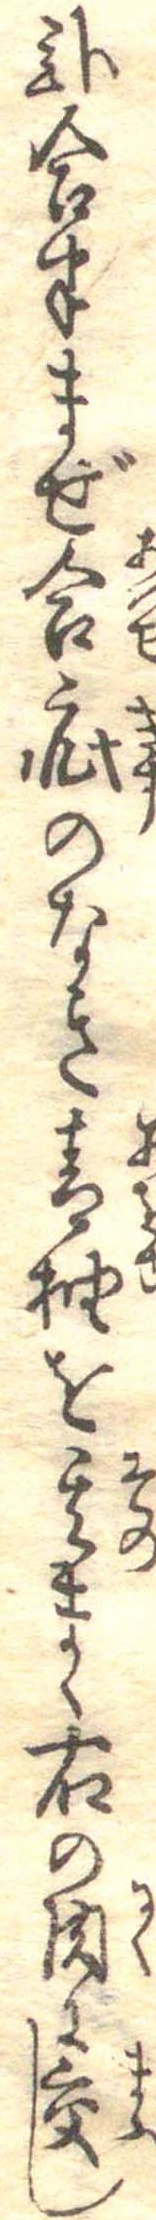
弐合半まぜ合疵のなき青柚を其まゝ右の肉に交し